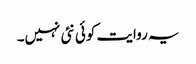
یہ روایت کوئی نئی نہیں۔